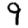
Digit: 9